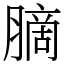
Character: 䐱